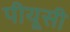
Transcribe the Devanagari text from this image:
पीयूसी